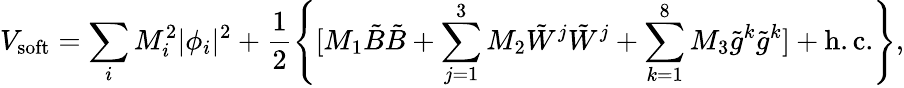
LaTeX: V_{\mathrm{soft}}=\sum_{i}M_{i}^{2}|\phi_{i}|^{2}+\frac{1}{2}\left\{ [M_{1}\tilde{B}\tilde{B}+\sum_{j=1}^{3}M_{2}\tilde{W}^{j}\tilde{W}^{j}+\sum_{k=1}^{8}M_{3}\tilde{g}^{k}\tilde{g}^{k}]+\mathrm{h.c.}\right\} ,